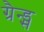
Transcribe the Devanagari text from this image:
ग्रैन्ड्स